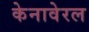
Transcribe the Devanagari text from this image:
केनावेरल